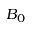
B _ { 0 }